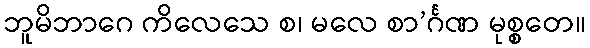
ဘူမိဘာဂေ ကိလေသေ စ၊ မလေ စာ’င်္ဂဏ မုစ္စတေ။